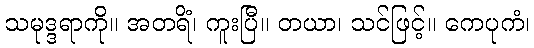
သမုဒ္ဒရာကို။ အတရိံ၊ ကူးပြီ။ တယာ၊ သင်ဖြင့်။ ကေပုကံ၊